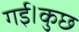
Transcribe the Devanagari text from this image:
गई।कुछ